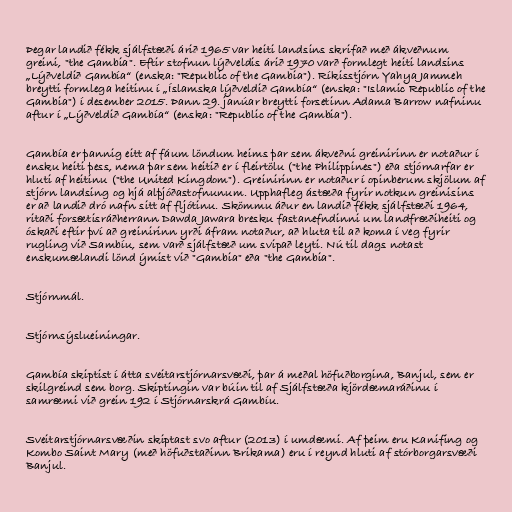
Þegar landið fékk sjálfstæði árið 1965 var heiti landsins skrifað með ákveðnum
greini, "the Gambia". Eftir stofnun lýðveldis árið 1970 varð formlegt heiti landsins
„Lýðveldið Gambía“ (enska: "Republic of the Gambia"). Ríkisstjórn Yahya Jammeh
breytti formlega heitinu í „Íslamska lýðveldið Gambía“ (enska: "Islamic Republic of the
Gambia") í desember 2015. Þann 29. janúar breytti forsetinn Adama Barrow nafninu
aftur í „Lýðveldið Gambía“ (enska: "Republic of the Gambia").

Gambía er þannig eitt af fáum löndum heims þar sem ákveðni greinirinn er notaður í
ensku heiti þess, nema þar sem heitið er í fleirtölu ("the Philippines") eða stjórnarfar er
hluti af heitinu ("the United Kingdom"). Greinirinn er notaður í opinberum skjölum af
stjórn landsing og hjá alþjóðastofnunum. Upphafleg ástæða fyrir notkun greinisins
er að landið dró nafn sitt af fljótinu. Skömmu áður en landið fékk sjálfstæði 1964,
ritaði forsætisráðherrann Dawda Jawara bresku fastanefndinni um landfræðiheiti og
óskaði eftir því að greinirinn yrði áfram notaður, að hluta til að koma í veg fyrir
rugling við Sambíu, sem varð sjálfstæð um svipað leyti. Nú til dags notast
enskumælandi lönd ýmist við "Gambia" eða "the Gambia".

Stjórnmál.

Stjórnsýslueiningar.

Gambía skiptist í átta sveitarstjórnarsvæði, þar á meðal höfuðborgina, Banjul, sem er
skilgreind sem borg. Skiptingin var búin til af Sjálfstæða kjördæmaráðinu í
samræmi við grein 192 í Stjórnarskrá Gambíu.

Sveitarstjórnarsvæðin skiptast svo aftur (2013) í umdæmi. Af þeim eru Kanifing og
Kombo Saint Mary (með höfuðstaðinn Brikama) eru í reynd hluti af stórborgarsvæði
Banjul.